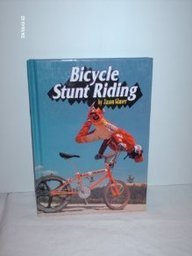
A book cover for Bicycle Stunt Riding (Extreme Sports); Jason Glaser; Children's Books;